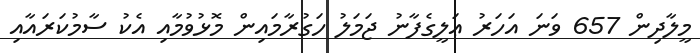
މީލާދިން 657 ވަނަ އަހަރު ޢަލީގެފާނު ޖަމަލު ހަގުރާމައިން މޮޅުވުމާއި އެކު ސާމުކަރައާއި